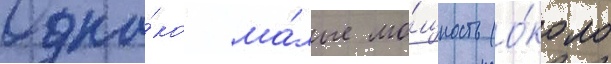
Одна́ко ма́лые мо́щность (о́коло